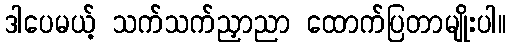
ဒါပေမယ့် သက်သက်ညှာညာ ထောက်ပြတာမျိုးပါ။